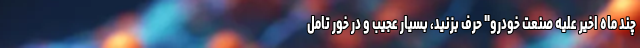
چند ماه اخیر علیه صنعت خودرو" حرف بزنید، بسیار عجیب و در خور تامل